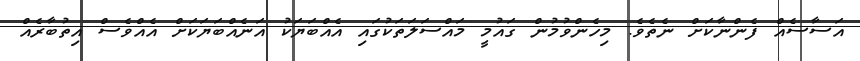
އަސާސެއް ފެންނާކަށް ނެތެވެ. މިހެންވުމުން ގައުމީ މައްސަލަތަކުގައި އެއްބަޔަކު އަނެއްބަޔަކަށް އެއްވެސް އިތުބާރެއް